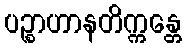
ပဉ္စာဟာနတိက္ကန္တေ